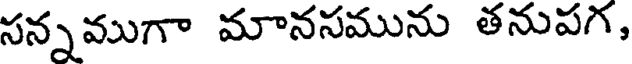
సన్నముగా మానసమును తనుపగ,